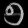
Digit: ၅